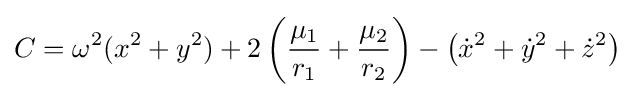
C=\omega ^{2}(x^{2}+y^{2})+2\left({\frac {\mu _{1}}{r_{1}}}+{\frac {\mu _{2}}{r_{2}}}\right)-\left({\dot {x}}^{2}+{\dot {y}}^{2}+{\dot {z}}^{2}\right)